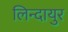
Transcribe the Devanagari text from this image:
लिन्दायुर